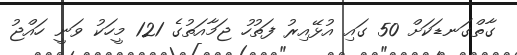
ގާތްގަނޑަކަށް 50 ގައި އުޅޭއިރު ފަތުހު ޖަމާއަތުގެ 121 މީހަކު ވަނީ ހައްޖު